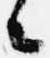
々